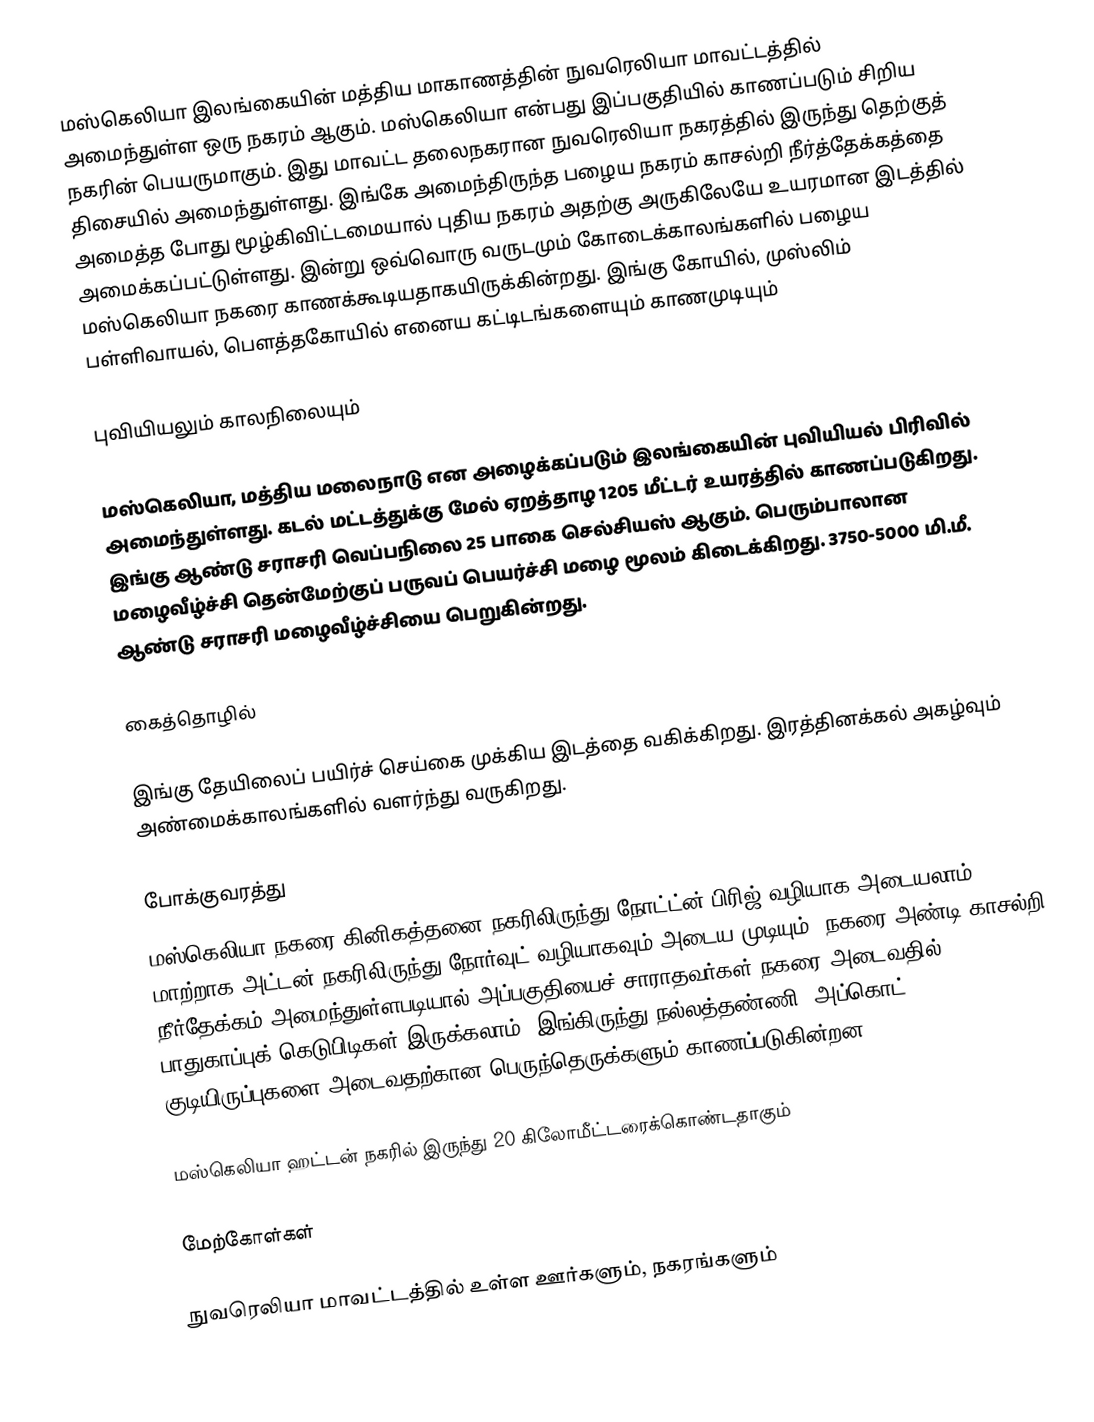
மஸ்கெலியா இலங்கையின் மத்திய மாகாணத்தின் நுவரெலியா மாவட்டத்தில் அமைந்துள்ள ஒரு நகரம் ஆகும். மஸ்கெலியா என்பது இப்பகுதியில் காணப்படும் சிறிய நகரின் பெயருமாகும். இது மாவட்ட தலைநகரான நுவரெலியா நகரத்தில் இருந்து தெற்குத் திசையில் அமைந்துள்ளது. இங்கே அமைந்திருந்த பழைய நகரம் காசல்றி நீர்த்தேக்கத்தை அமைத்த போது மூழ்கிவிட்டமையால் புதிய நகரம் அதற்கு அருகிலேயே உயரமான இடத்தில் அமைக்கப்பட்டுள்ளது. இன்று ஒவ்வொரு வருடமும் கோடைக்காலங்களில் பழைய மஸ்கெலியா நகரை காணக்கூடியதாகயிருக்கின்றது. இங்கு கோயில், முஸ்லிம் பள்ளிவாயல், பெளத்தகோயில் எனைய கட்டிடங்களையும் காணமுடியும்

புவியியலும் காலநிலையும்

மஸ்கெலியா, மத்திய மலைநாடு என அழைக்கப்படும்  இலங்கையின் புவியியல் பிரிவில் அமைந்துள்ளது. கடல் மட்டத்துக்கு மேல் ஏறத்தாழ 1205 மீட்டர்  உயரத்தில் காணப்படுகிறது. இங்கு ஆண்டு சராசரி வெப்பநிலை 25 பாகை செல்சியஸ் ஆகும். பெரும்பாலான மழைவீழ்ச்சி தென்மேற்குப் பருவப் பெயர்ச்சி மழை மூலம் கிடைக்கிறது. 3750-5000 மி.மீ. ஆண்டு சராசரி மழைவீழ்ச்சியை பெறுகின்றது.

கைத்தொழில்

இங்கு தேயிலைப் பயிர்ச் செய்கை முக்கிய இடத்தை வகிக்கிறது. இரத்தினக்கல் அகழ்வும் அண்மைக்காலங்களில் வளர்ந்து வருகிறது.

போக்குவரத்து
மஸ்கெலியா நகரை கினிகத்தனை நகரிலிருந்து நோட்ட்ன் பிரிஜ் வழியாக அடையலாம். மாற்றாக அட்டன் நகரிலிருந்து நோர்வுட் வழியாகவும் அடைய முடியும். நகரை அண்டி காசல்றி நீர்தேக்கம் அமைந்துள்ளபடியால் அப்பகுதியைச் சாராதவர்கள் நகரை அடைவதில் பாதுகாப்புக் கெடுபிடிகள் இருக்கலாம். இங்கிருந்து நல்லத்தண்ணி, அப்கொட் குடியிருப்புகளை அடைவதற்கான பெருந்தெருக்களும் காணப்படுகின்றன.

மஸ்கெலியா ஹட்டன் நகரில் இருந்து 20 கிலோமீட்டரைக்கொண்டதாகும்

மேற்கோள்கள்

நுவரெலியா மாவட்டத்தில் உள்ள ஊர்களும், நகரங்களும்